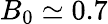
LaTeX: B_{0}\simeq 0.7